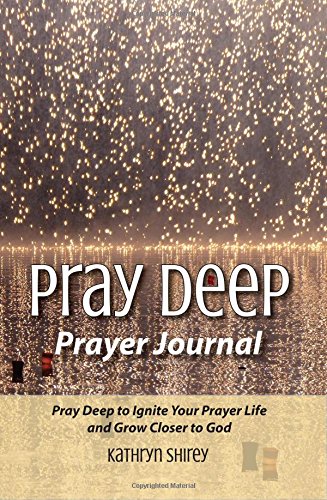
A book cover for Pray Deep Prayer Journal (Pray Deep Guided Prayer Journals); Kathryn Shirey; Self-Help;